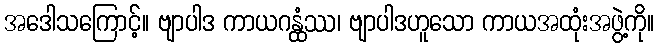
အဒေါသကြောင့်။ ဗျာပါဒ ကာယဂန္ထံဿ၊ ဗျာပါဒဟူသော ကာယအထုံးအဖွဲ့ကို။